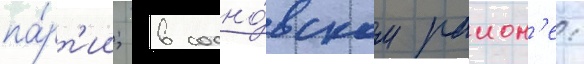
па́рт'ии; в сосно́вском раион'е: